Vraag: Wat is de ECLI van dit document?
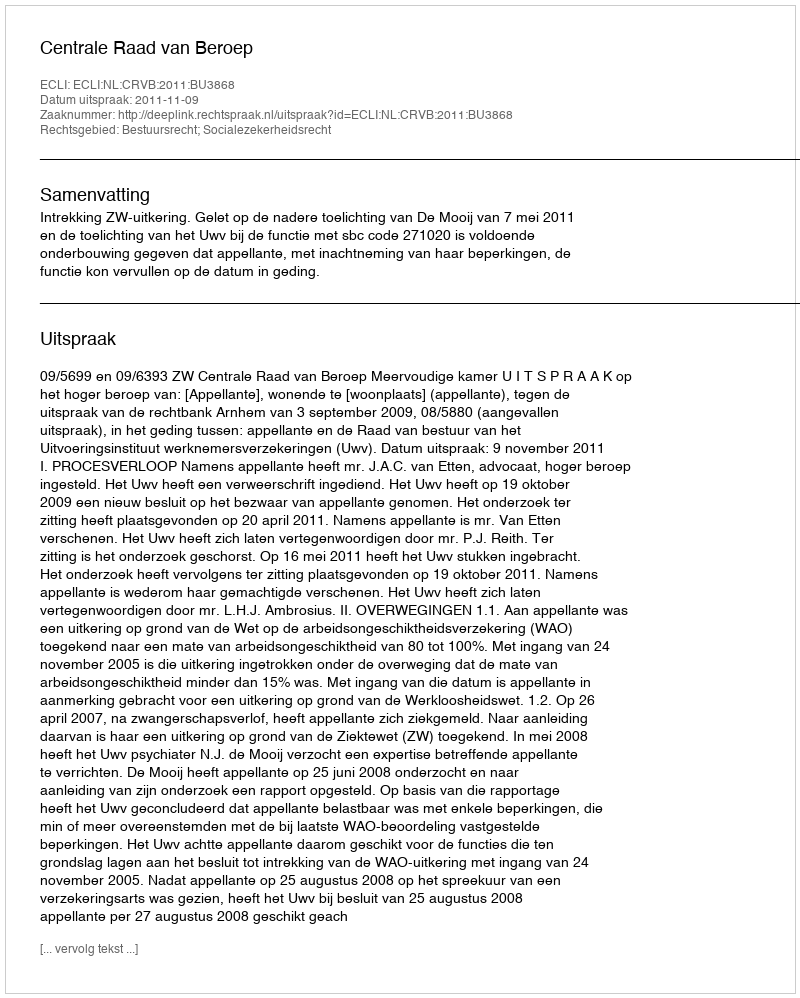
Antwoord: ECLI:NL:CRVB:2011:BU3868